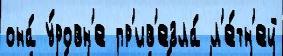
она́ у́ровн'е пр'ив'езла́ л'е́тн'ей